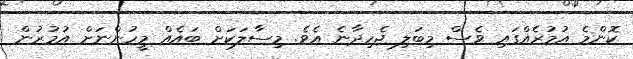
ކޮންމެ އުމުރެއްގައި ވެސް މިބަލި ޖެހިދާނެ އެވެ. މިސާލަކަށް ބައެއް މީހުންނަށް އުމުރުން